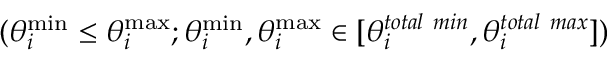
( \theta _ { i } ^ { \operatorname* { m i n } } \leq \theta _ { i } ^ { \operatorname* { m a x } } ; \theta _ { i } ^ { \operatorname* { m i n } } , \theta _ { i } ^ { \operatorname* { m a x } } \in [ \theta _ { i } ^ { t o t a l \ m i n } , \theta _ { i } ^ { t o t a l \ m a x } ] )